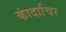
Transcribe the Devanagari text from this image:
कांदाचिर